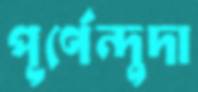
পূর্ণেন্দুদা